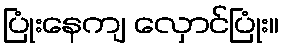
ပြုံးနေကျ လှောင်ပြုံး။